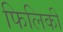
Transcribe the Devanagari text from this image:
फिलिकी